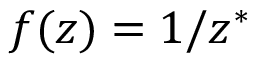
f ( z ) = 1 / z ^ { * }